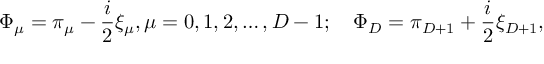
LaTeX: \Phi _ { \mu } = \pi _ { \mu } - \frac { i } { 2 } \xi _ { \mu } , \mu = 0 , 1 , 2 , \ldots , D - 1 ; \quad \Phi _ { D } = \pi _ { D + 1 } + \frac { i } { 2 } \xi _ { D + 1 } , \nonumber \,